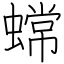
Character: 蟐